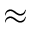
\approx